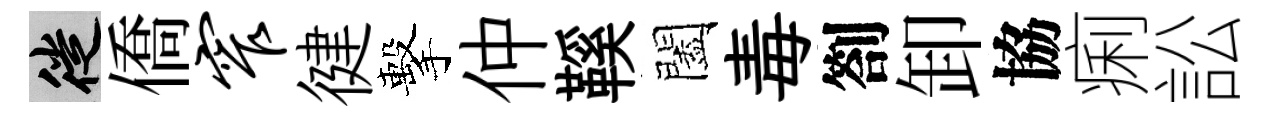
徙僑窄徤擊仲鞵闔毒劄卸協痢訟